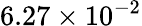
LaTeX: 6.27\times 10^{-2}